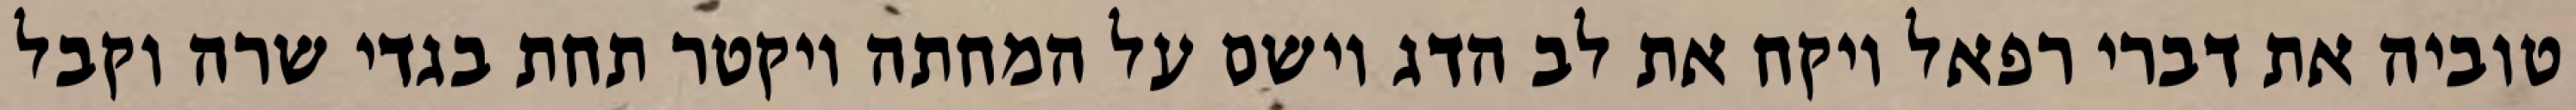
טוביה את דברי רפאל ויקח את לב הדג וישם על המחתה ויקטר תחת בגדי שרה וקבל